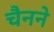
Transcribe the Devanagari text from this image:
चैनने